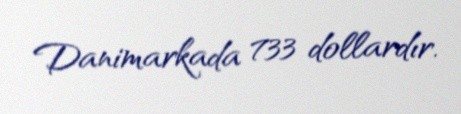
Danimarkada 733 dollardır.